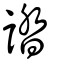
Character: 誻